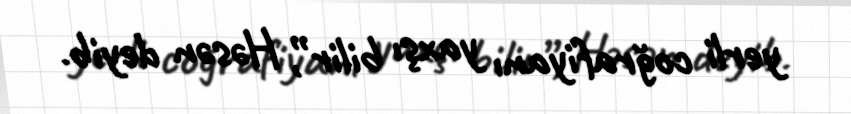
yerli coğrafiyanı yaxşı bilir”, Həsən deyib.